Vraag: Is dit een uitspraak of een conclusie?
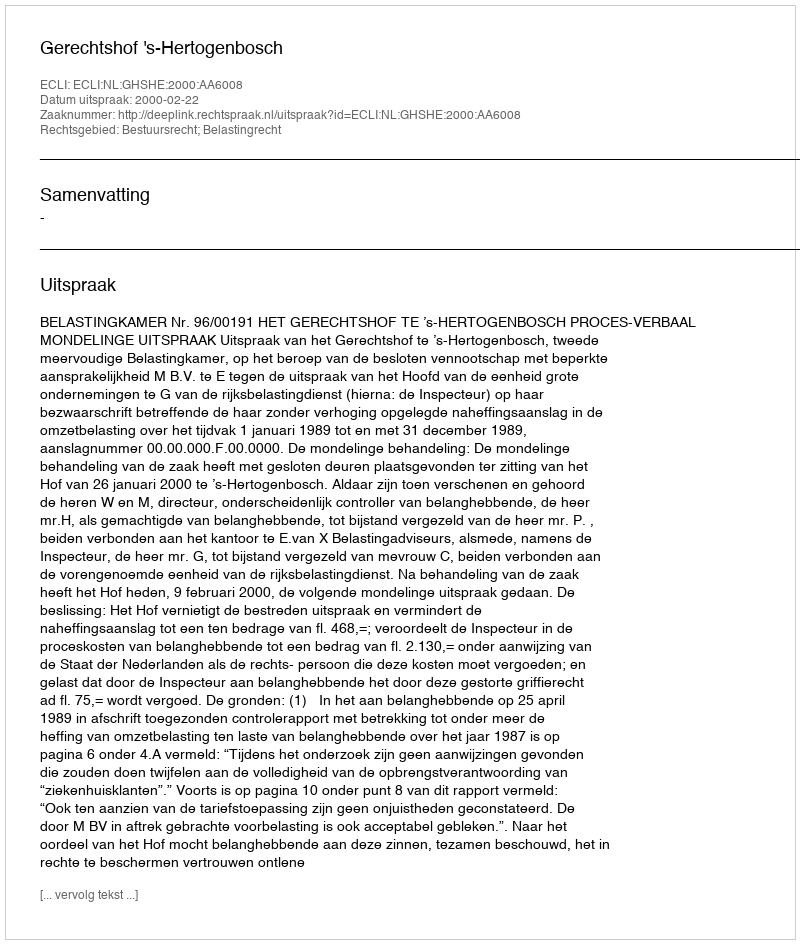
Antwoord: Uitspraak